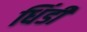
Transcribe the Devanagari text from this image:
धिंडी